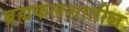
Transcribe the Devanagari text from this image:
ब्रह्मकलशातील